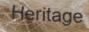
Heritage